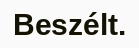
Beszélt.